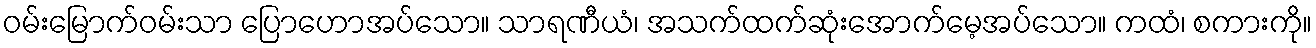
ဝမ်းမြောက်ဝမ်းသာ ပြောဟောအပ်သော။ သာရဏီယံ၊ အသက်ထက်ဆုံးအောက်မေ့အပ်သော။ ကထံ၊ စကားကို။